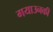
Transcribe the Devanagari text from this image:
गयाउनकी